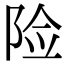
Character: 险